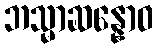
ဘသ္မာဆန္နောဝ